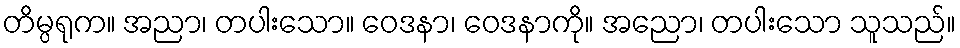
တိမ္ပရုက။ အညာ၊ တပါးသော။ ဝေဒနာ၊ ဝေဒနာကို။ အညော၊ တပါးသော သူသည်။